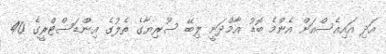
އަދި އައިއެސްއަށް އެންމެ ބޮޑު އާމްދަނީ ލިބޭ ސޫރިޔާގެ ތެލުގެ އިންޑަސްޓްރީގެ 40